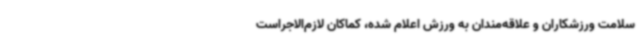
سلامت ورزشکاران و علاقه‌مندان به ورزش اعلام شده، کماکان لازم‌الاجراست